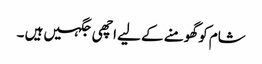
شام کو گھومنے کے لیے اچھی جگہیں ہیں ۔